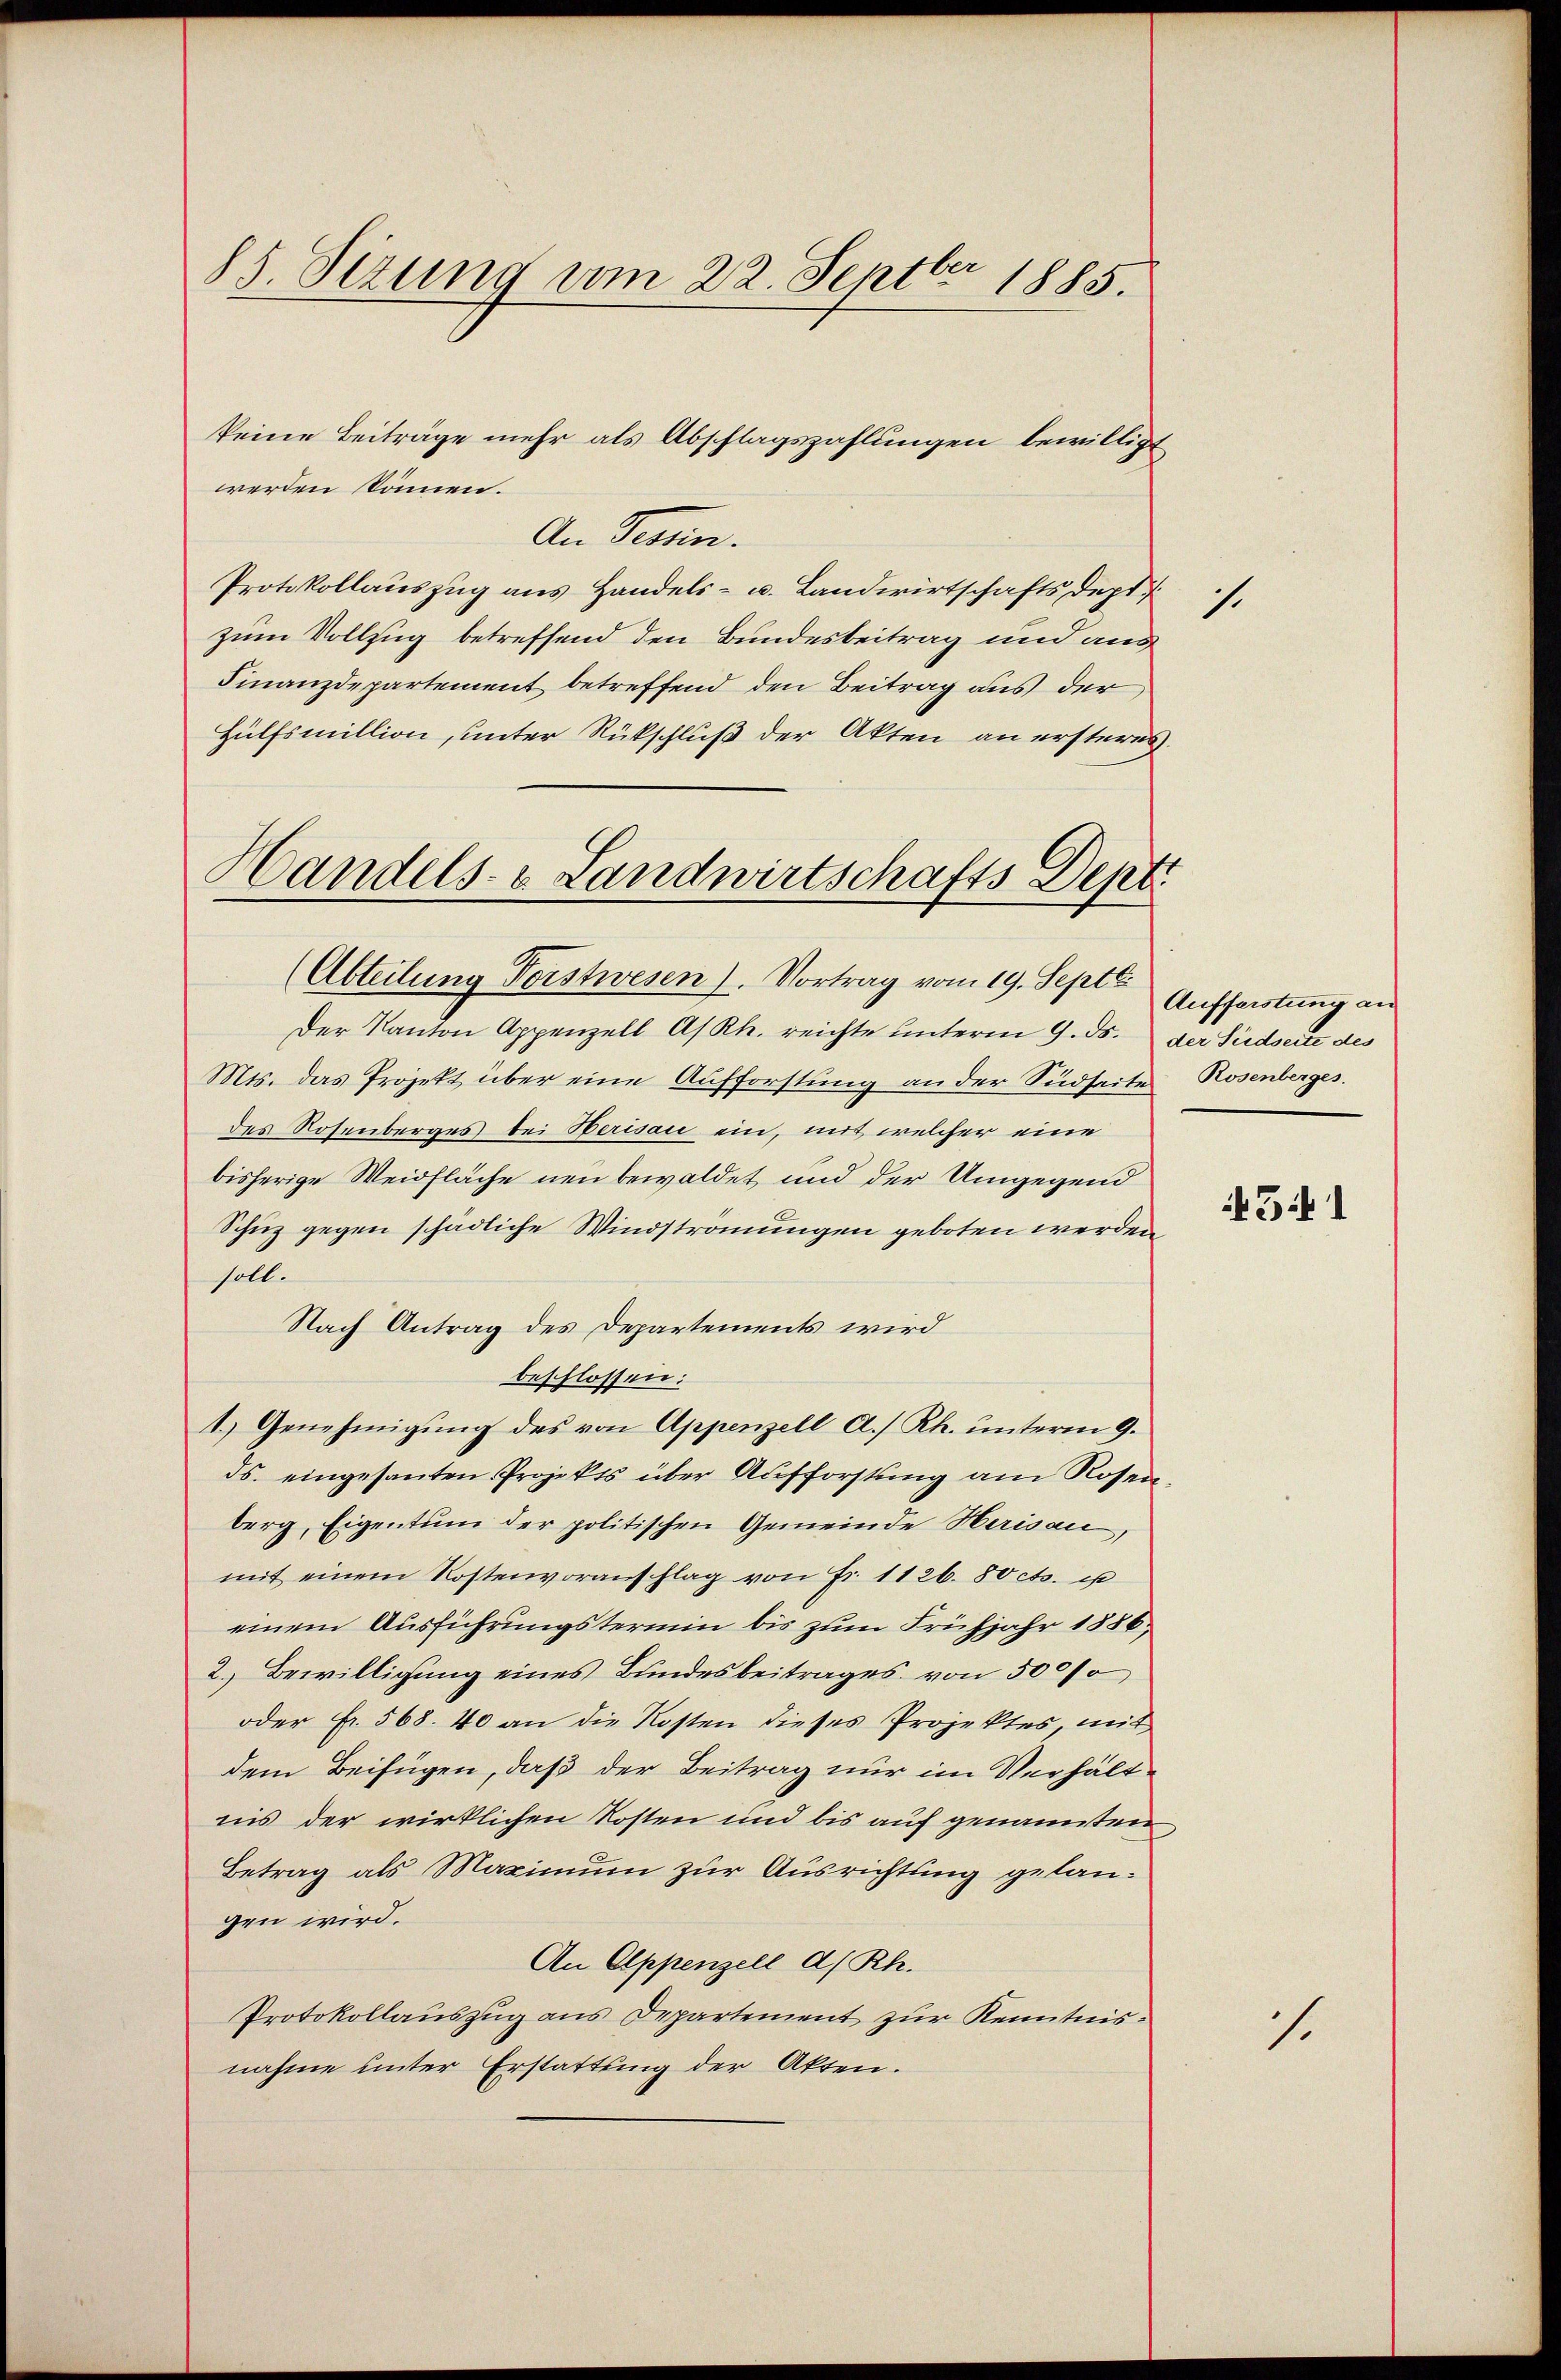
85. Sizung vom 22. Septbr 1885.

keine Beiträge mehr als Abschlagszahlungen bewilligt
werden können.
An Termin.
Protokollauszug aus Handels- u. Landwirtschaftsdept
zum Vollzug betreffend den Bundesbeitrag und aus
Finanzdepartement betreffend den Beitrag aus der
Hülfsmillion, unter Rückschluß der Akten an ersteres
Handels- & Landwirtschafts Dept.

(Abteilung Vorstwesen). Vortrag vom 19. Sept.

Der Kanton Appenzell A/Rh. reichte unterm 9. ds. der Südseite des
Mts. das Projekt über eine Aufforstung an der Südseite Rosenberges.
des Rosenberges bei Serisau ein, mit welcher eine
bisherige Weidfläche neu bewaldet und der Umgegend
Schuz gegen schädliche Windströmungen geboten werden
soll.
Nach Antrag des Departements wird
beschlossen:
1.) Genehmigŭng des von Appenzell a. Rh. unterm 9.
ds. eingesanten Projekts über Aufforstung am Rosen-
berg, Eigentum der politischen Gemeinde Herisau,
mit einem Kostenvoranschlag von Fr. 1126. 80 cts. u
einem Ausführungstermin bis zum Frühjahr 1886.
2.) Bewilligung eines Bundesbeitrages von 500/
oder Fr. 568. 40 an die Kosten dieses Projektes, mit
dem Beifügen, daß der Beitrag nur im Verhältnis der wirklichen Kosten und bis auf genannten
Betrag als Maximum zur Ausrichtung gelangen wird.
An Appenzell a/Rh.
Protokollauszug aus Departement zur Kenntnisnahme unter Erstattung der Akten.

1.

Aufforstung an

541

1.